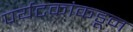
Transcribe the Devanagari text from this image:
पर्यटकांकडून